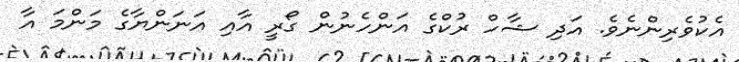
އެކުވެރިންނެވެ. އަދި ޝާހް ރުކްގެ އަންހެނުން ގޯރީ އާއި އަނަންޔާގެ މަންމަ އާ